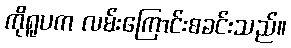
ကိုရူပက လမ်းကြောင်းစခင်းသည်။